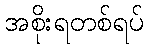
အစိုးရတစ်ရပ်